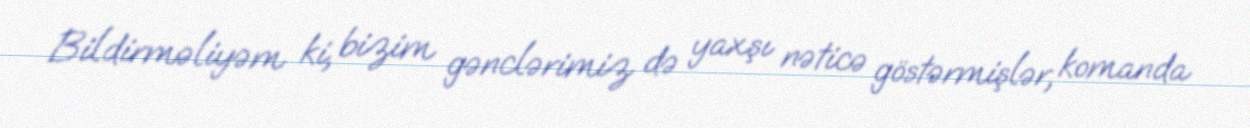
Bildirməliyəm ki, bizim gənclərimiz də yaxşı nəticə göstərmişlər, komanda